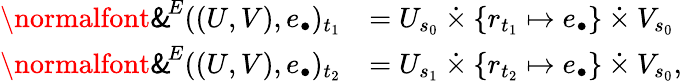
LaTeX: \begin{array}{rl}{\operatorname{\mathrm{\normalfont\sf\& }}^{\! E}((U,V),e_{\bullet})_{t_{1}}}&{=U_{s_{0}}\mathbin{\dot{\times}}\{ r_{t_{1}}\mapsto e_{\bullet}\} \mathbin{\dot{\times}}V_{s_{0}}}\\ {\operatorname{\mathrm{\normalfont\sf\& }}^{\! E}((U,V),e_{\bullet})_{t_{2}}}&{=U_{s_{1}}\mathbin{\dot{\times}}\{ r_{t_{2}}\mapsto e_{\bullet}\} \mathbin{\dot{\times}}V_{s_{0}},}\end{array}